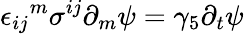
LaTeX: {\epsilon_{ij}}^{m}\sigma^{ij}\partial_{m}\psi=\gamma_{5}\partial_{t}\psi